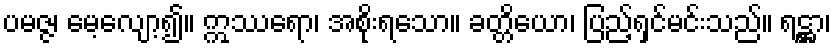
ပမဇ္ဇ၊ မေ့လျော့၍။ ဣဿရော၊ အစိုးရသော။ ခတ္တိယော၊ ပြည့်ရှင်မင်းသည်။ ရဋ္ဌာ၊